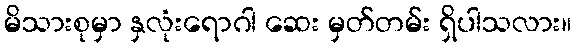
မိသားစုမှာ နှလုံးရောဂါ ဆေး မှတ်တမ်း ရှိပါသလား။